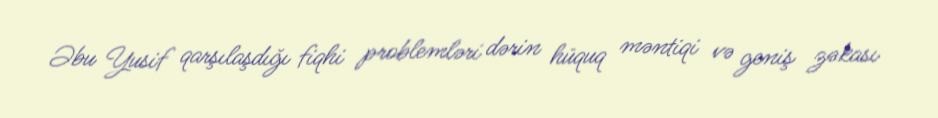
Əbu Yusif qarşılaşdığı fiqhi problemləri dərin hüquq məntiqi və geniş zəkası